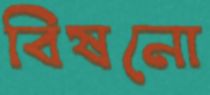
বিষনো